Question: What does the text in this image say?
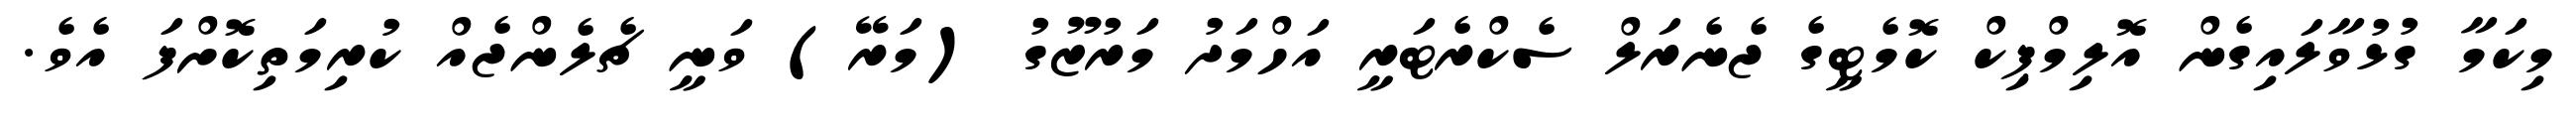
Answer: މިކަމާ ގުޅުވާލައިގެން އޮލިމްޕިކް ކޮމެޓީގެ ޖެނެރަލް ސެކްރެޓަރީ އަހްމަދު މަރުޒޫގު (މަރޭ) ވަނީ ޗެލެންޖެއް ކުރިމަތިކޮށްފަ އެވެ.